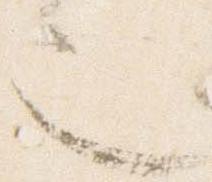
也